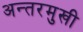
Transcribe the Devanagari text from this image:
अन्तरमुखी